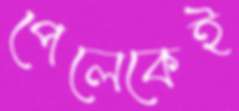
পেলেকেই